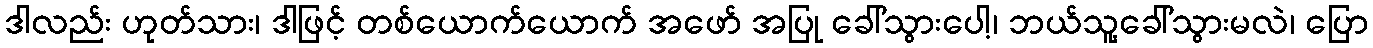
ဒါလည်း ဟုတ်သား၊ ဒါဖြင့် တစ်ယောက်ယောက် အဖော် အပြု ခေါ်သွားပေါ့၊ ဘယ်သူ့ခေါ်သွားမလဲ၊ ပြော